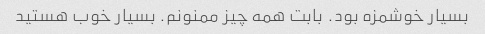
بسیار خوشمزه بود. بابت همه چیز ممنونم. بسیار خوب هستید